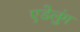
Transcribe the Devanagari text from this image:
एडेलुंग